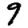
Digit: 9